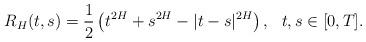
LaTeX: \begin{align*} R_H(t,s)=\frac{1}{2}\left(t^{2H}+s^{2H}-|t-s|^{2H}\right),\ \ t,s\in[0,T].\end{align*}